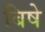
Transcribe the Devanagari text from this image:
बिषे